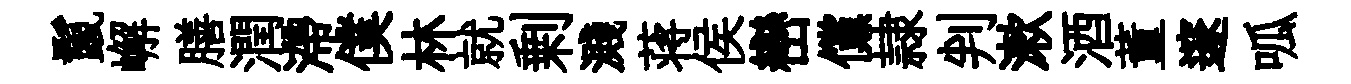
鬣嶰膳潤滯僕林就剰濺蒋侯巒儻隷判漱酒董邃呱